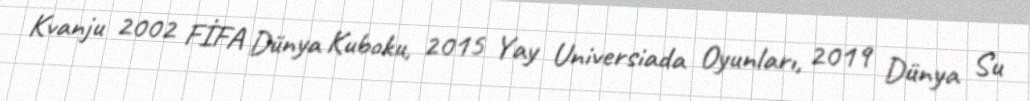
Kvanju 2002 FİFA Dünya Kuboku, 2015 Yay Universiada Oyunları, 2019 Dünya Su